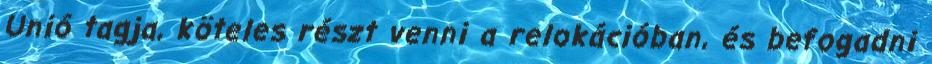
Unió tagja, köteles részt venni a relokációban, és befogadni